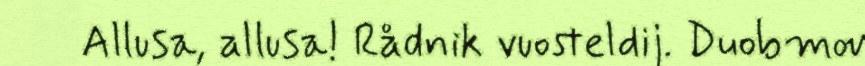
Allusa, allusa! Rådnik vuosteldij. Duobmov